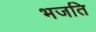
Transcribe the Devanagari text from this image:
भजति